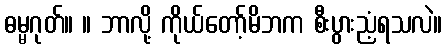
ဓမ္မဂုတ်။ ။ ဘာလို့ ကိုယ်တော့်မိဘက စီးပွားညံ့ရသလဲ။